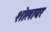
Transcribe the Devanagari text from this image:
शोलायर